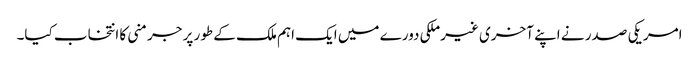
امریکی صدر نے اپنے آخری غیرملکی دورے میں ایک اہم ملک کے طور پر جرمنی کا انتخاب کیا۔